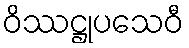
ဝိဿဋ္ဌုပသေဝီ